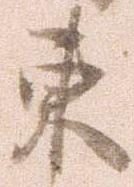
東